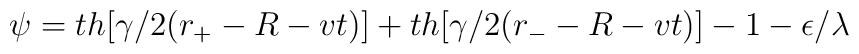
\psi=th[\gamma/2(r_{+}-R-vt)]+th[\gamma/2(r_{-}-R-vt)]-1-\epsilon/\lambda